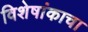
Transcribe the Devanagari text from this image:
विशेषांकाचा